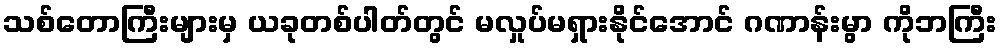
သစ်တောကြီးများမှ ယခုတစ်ပါတ်တွင် မလှုပ်မရှားနိုင်အောင် ဂဏာန်းမွာ ကိုဘကြီး